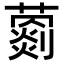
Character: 𦿦